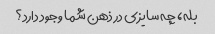
بله، چه سایزی در ذهن شما وجود دارد؟